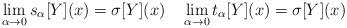
LaTeX: \begin{align*}\lim_{\alpha\to 0}s_\alpha[Y](x)=\sigma[Y](x) \quad\lim_{\alpha\to 0}t_\alpha[Y](x)=\sigma[Y](x)\end{align*}